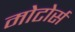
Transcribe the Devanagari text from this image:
मोटोर्स